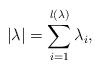
LaTeX: \begin{align*}|\lambda| = \sum_{i=1}^{l(\lambda)} \lambda_i,\end{align*}